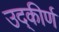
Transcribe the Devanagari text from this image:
उद्‌कीर्ण